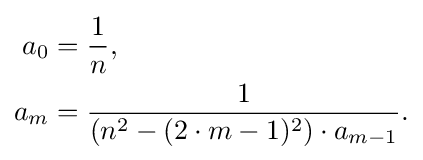
{\begin{aligned}a_{0}&={\frac {1}{n}},\\a_{m}&={\frac {1}{(n^{2}-(2\cdot m-1)^{2})\cdot a_{m-1}}}.\end{aligned}}